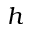
h